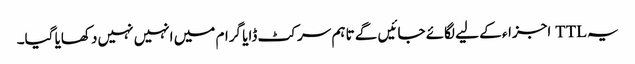
یہ TTL اجزاء کے لیے لگائے جائیں گے تاہم سرکٹ ڈایا گرام میں انہیں نہیں دکھایا گیا۔